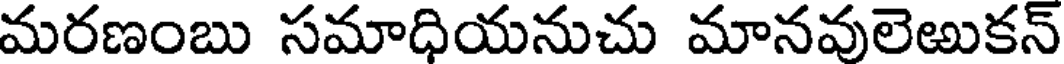
మరణంబు సమాధియనుచు మానవులెఱుకన్